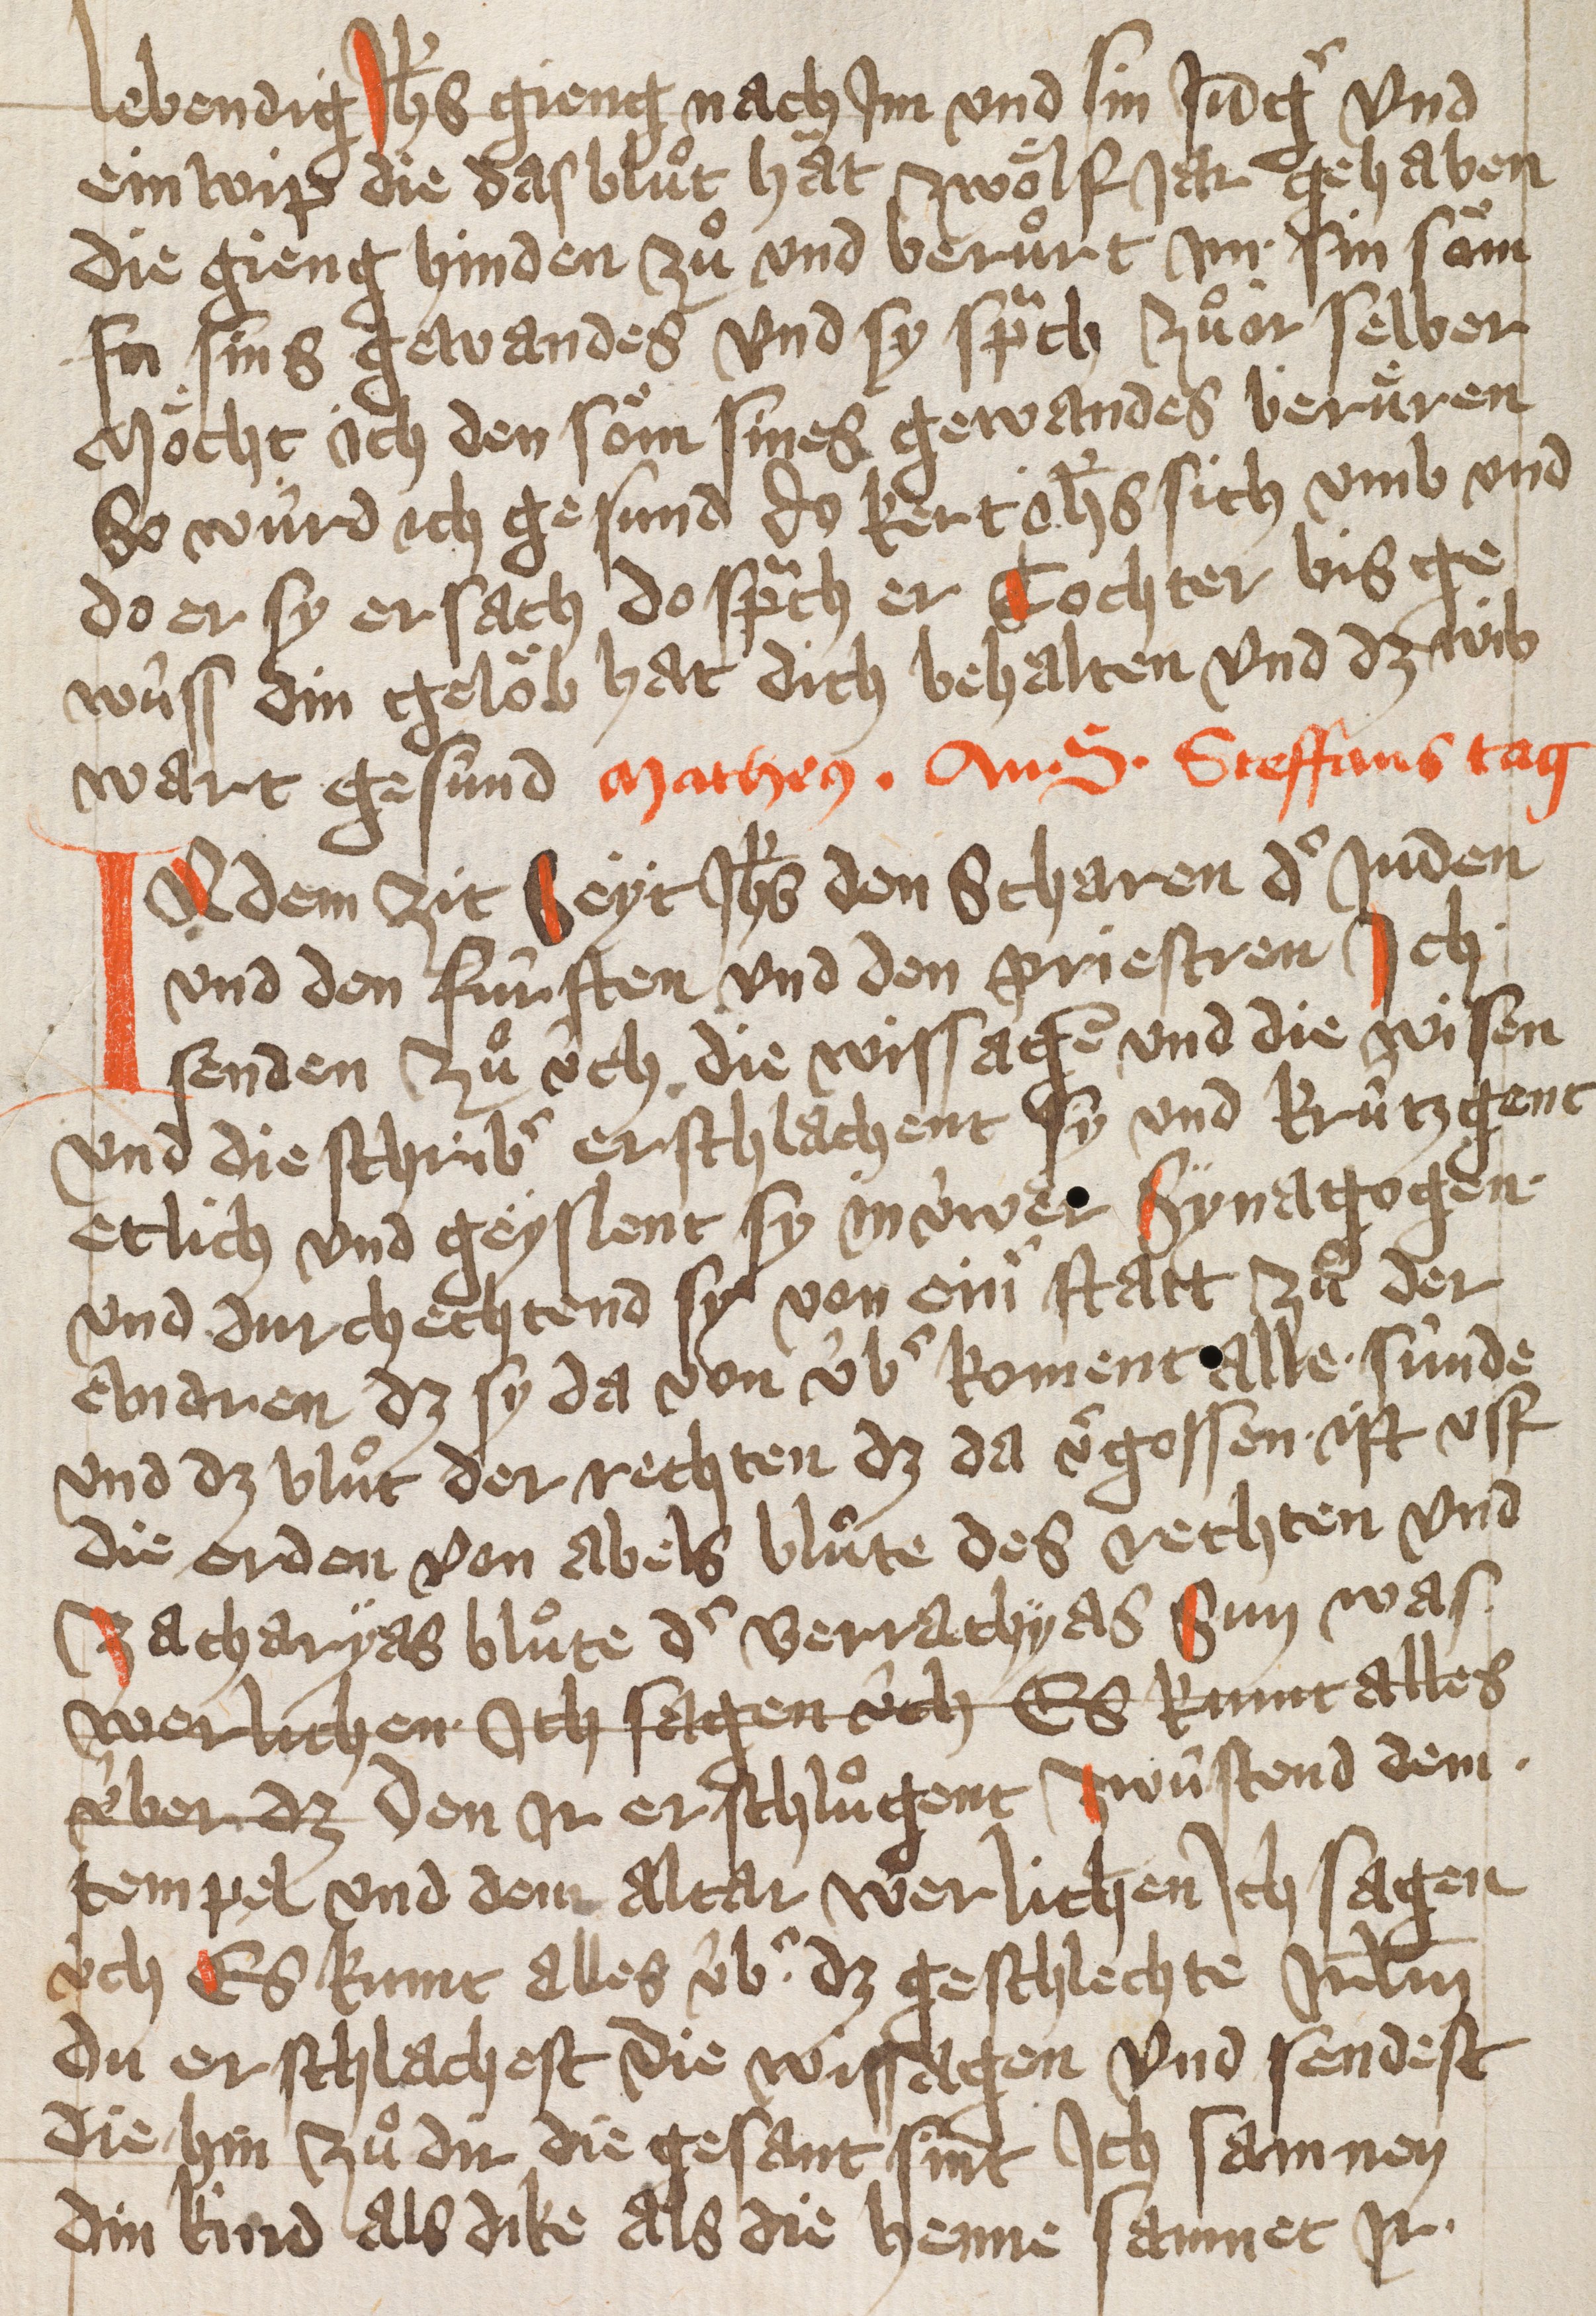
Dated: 1432–1432